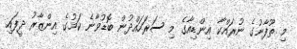
މި ތޫފާނުގެ ނުރައްކާ އިންޑިއާގެ މި ސަރަހައްދުން ބޮޑުވާނެ ކަމުގެ އިންޒާރު ދީފައި